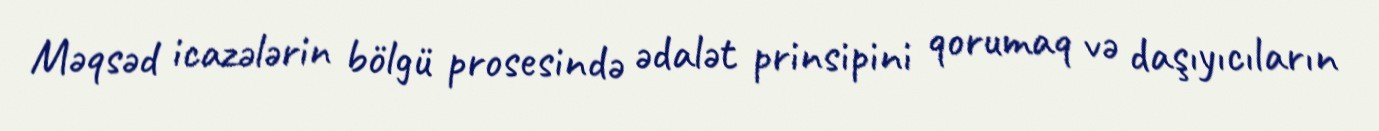
Məqsəd icazələrin bölgü prosesində ədalət prinsipini qorumaq və daşıyıcıların